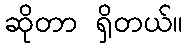
ဆိုတာ ရှိတယ်။